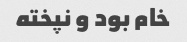
خام بود و نپخته